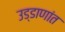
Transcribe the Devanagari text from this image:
उड्डाणांत